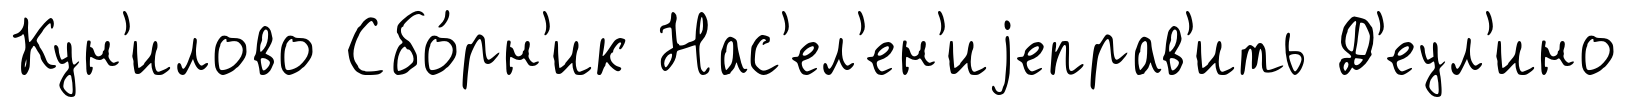
Кун'илово Сбо́рн'ик Нас'ел'ен'иjеправ'ить Д'еул'ино